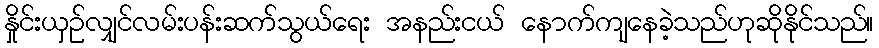
နှိုင်းယှဉ်လျှင်လမ်းပန်းဆက်သွယ်ရေး အနည်းငယ် နောက်ကျနေခဲ့သည်ဟုဆိုနိုင်သည်။